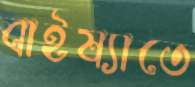
বাইষ্যাতে